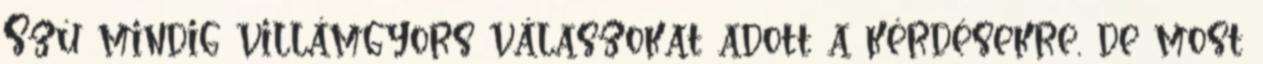
Szú mindig villámgyors válaszokat adott a kérdésekre, de most